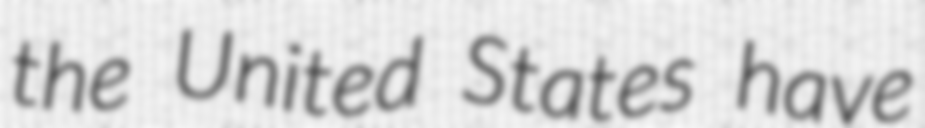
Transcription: the United States have